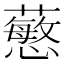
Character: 𧁋